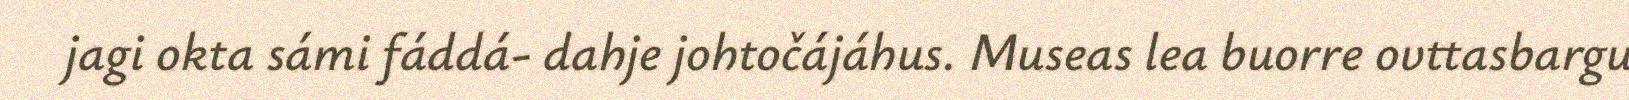
jagi okta sámi fáddá- dahje johtočájáhus. Museas lea buorre ovttasbargu